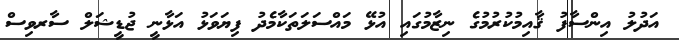
އަދުލު އިންސާފު ޤާއިމުކުރުމުގެ ނިޒާމުގައި އުޅޭ މައްސަލަތަކާމެދު ފިޔަވަޅު އަޅާނީ ޖުޑީޝަލް ސާރވިސް